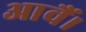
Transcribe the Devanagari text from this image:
आवैं।